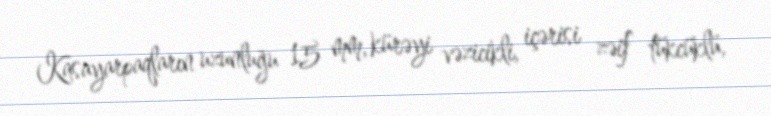
Kasayarpaqların uzunluğu 15 mm, kürəyi vəzicikli, içərisi zəif tükcüklü,